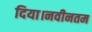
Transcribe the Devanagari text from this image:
दिया।नवीनतम